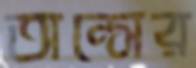
অন্সের